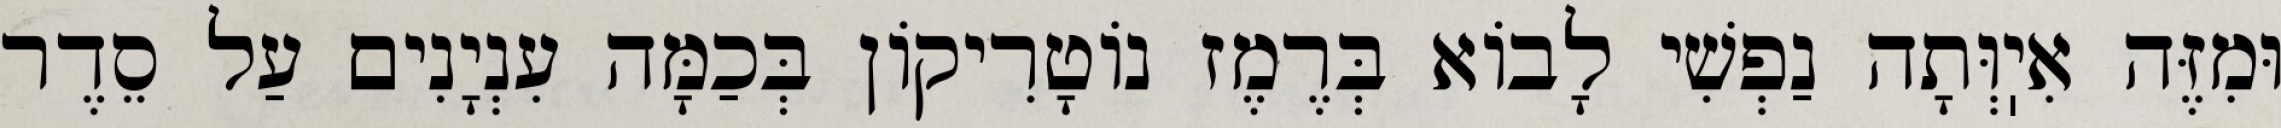
וּמִזֶּה אִיֽוְּתָה נַפְשִׁי לָבוֹא בְּרֶמֶז נוֹטָרִיקוֹן בְּכַמָּה עִנְיָנִים עַל סֵדֶר